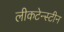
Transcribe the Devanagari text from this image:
लीकटेन्स्टीन